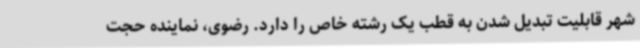
شهر قابلیت تبدیل شدن به قطب یک رشته خاص را دارد. رضوی، نماینده حجت